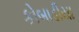
કોબાડીયા